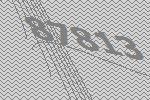
87813